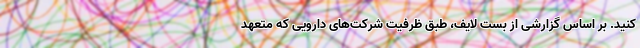
کنید. بر اساس گزارشی از بست لایف، طبق ظرفیت شرکت‌های دارویی که متعهد